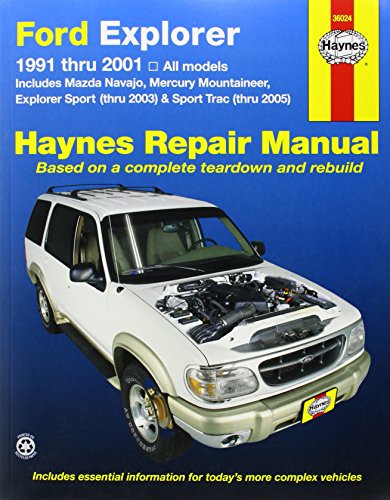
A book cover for Ford Explorer, 1991-2001: Explorer Sport Thru 2003, Sport Trac 2005 (Haynes Repair Manual); John H. Haynes; Engineering & Transportation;